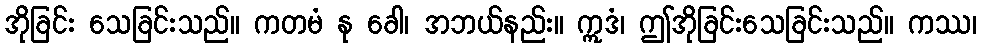
အိုခြင်း သေခြင်းသည်။ ကတမံ နု ခေါ၊ အဘယ်နည်း။ ဣဒံ၊ ဤအိုခြင်းသေခြင်းသည်။ ကဿ၊